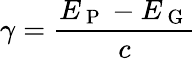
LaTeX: \gamma=\frac{E_{\mathrm{~P~}}-E_{\mathrm{~G~}}}{c}